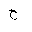
Letter: _ha